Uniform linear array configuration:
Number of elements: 64
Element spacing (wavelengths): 0.25
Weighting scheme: uniform
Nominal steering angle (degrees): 0
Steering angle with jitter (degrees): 0.6098
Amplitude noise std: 0.05
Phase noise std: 0.05

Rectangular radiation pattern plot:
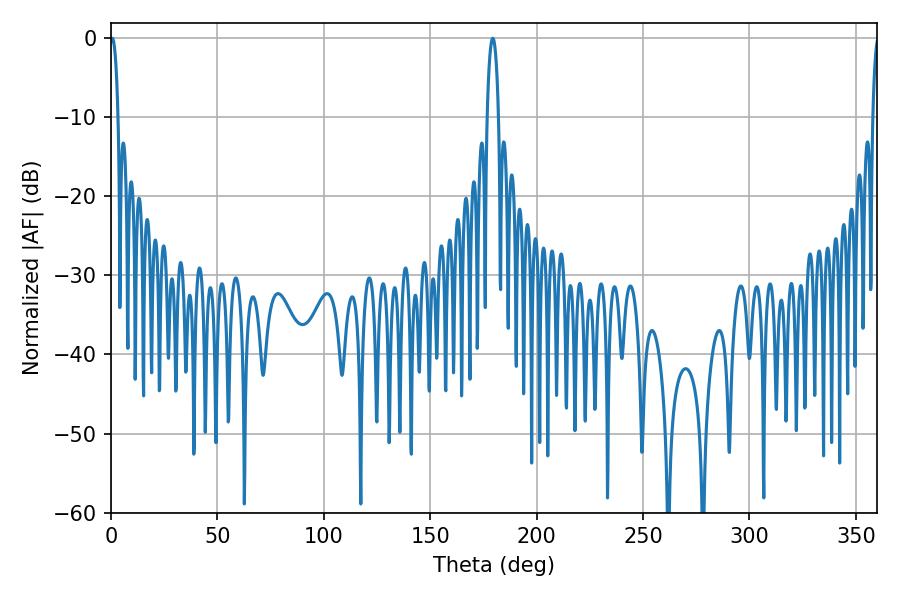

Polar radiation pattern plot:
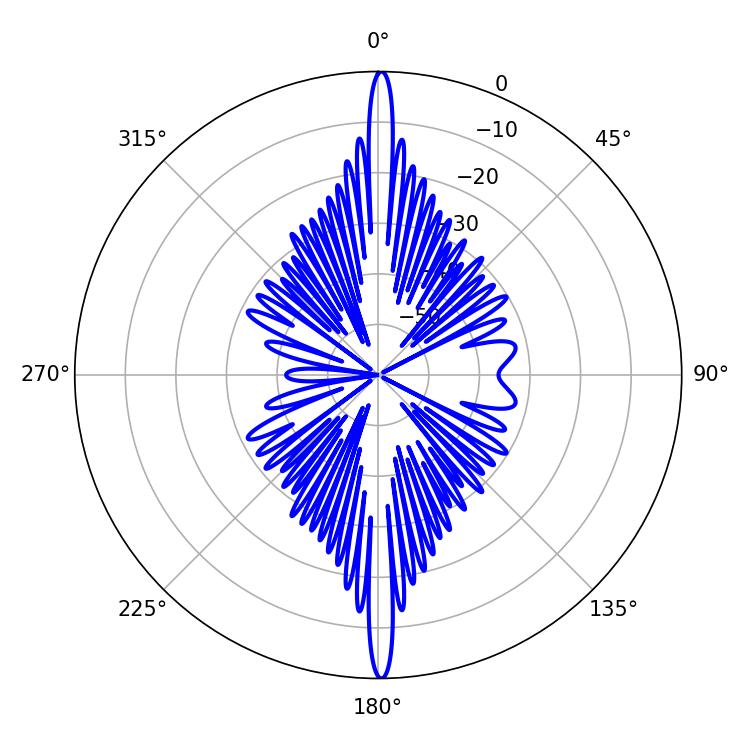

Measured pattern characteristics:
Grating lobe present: FALSE
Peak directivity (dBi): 31.205
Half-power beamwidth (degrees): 2.16
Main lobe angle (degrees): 0.54